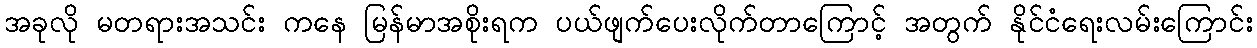
အခုလို မတရားအသင်း ကနေ မြန်မာအစိုးရက ပယ်ဖျက်ပေးလိုက်တာကြောင့် အတွက် နိုင်ငံရေးလမ်းကြောင်း